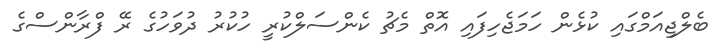
ބެލްޖިއަމްގައި ކުޅެން ހަމަޖެހިފައި އޮތް މެޗު ކެންސަލްކުރީ ހުކުރު ދުވަހުގެ ރޭ ފްރާންސްގެ